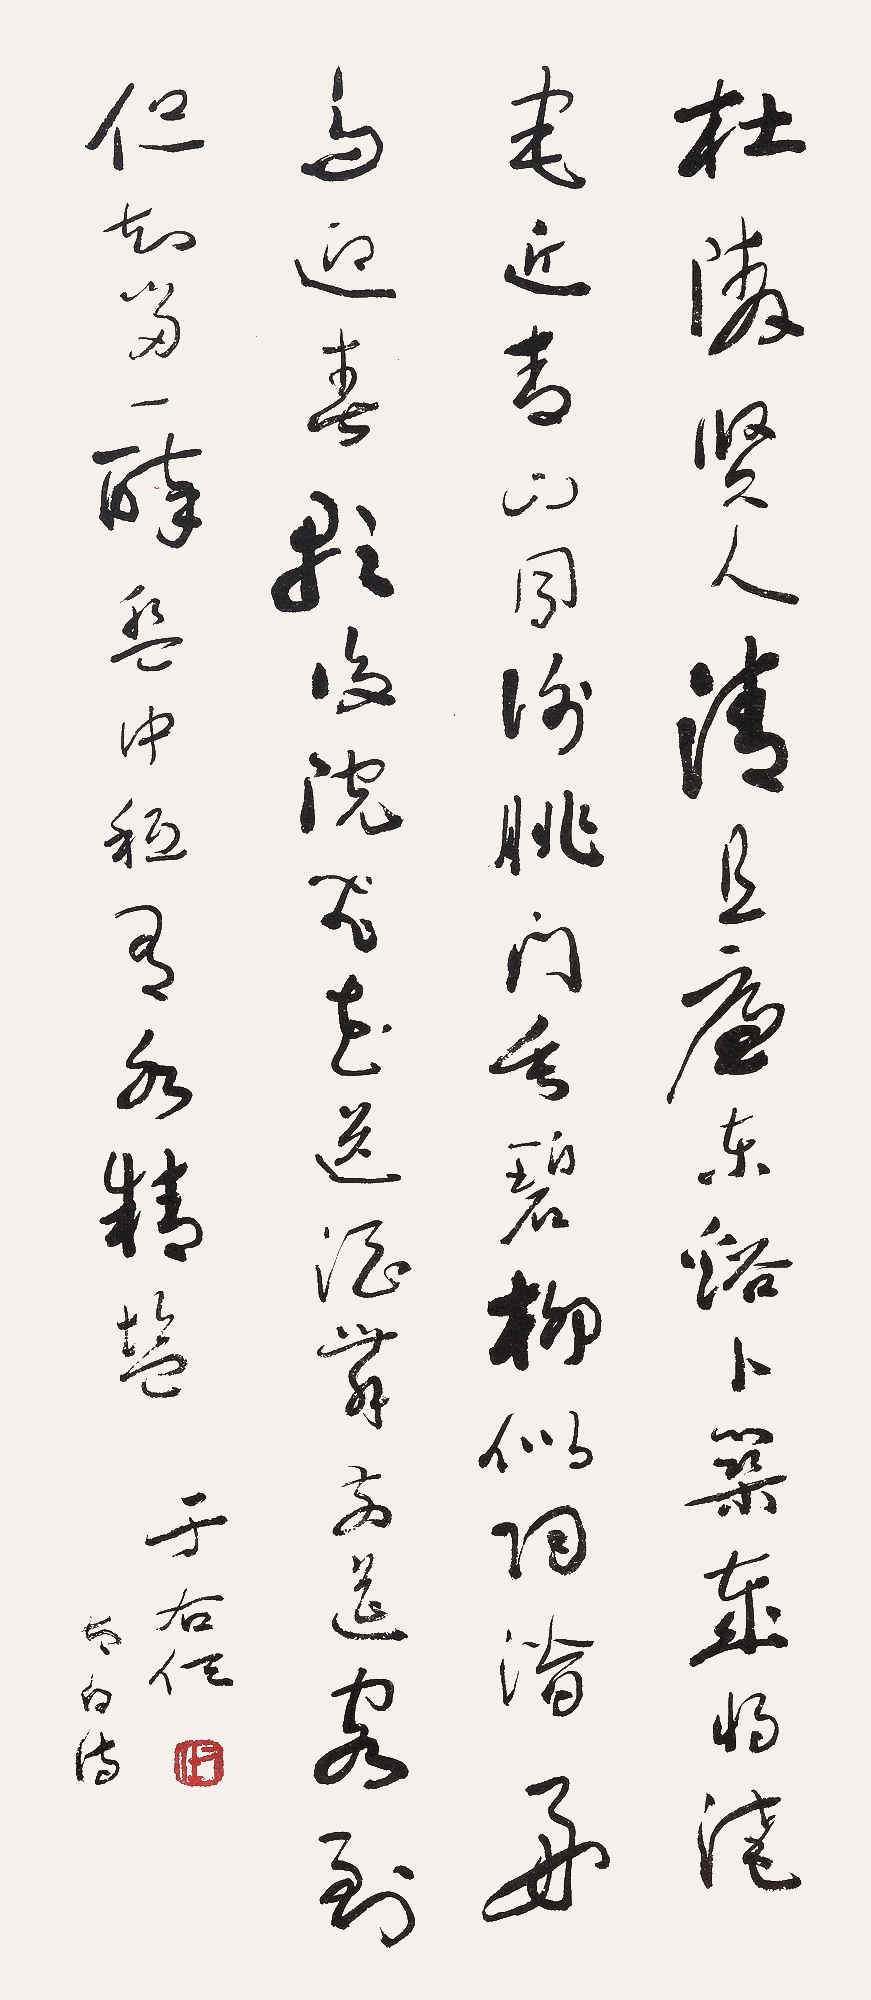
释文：杜陵贤人清且廉，东溪卜筑岁将淹。宅近青山同谢脁，门垂碧柳似陶潜。好鸟迎春歌后院，飞花送酒舞前檐。客到但知留一醉，盘中只有水晶盐。李白诗。于右任。